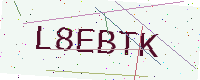
Text: L8EBTK